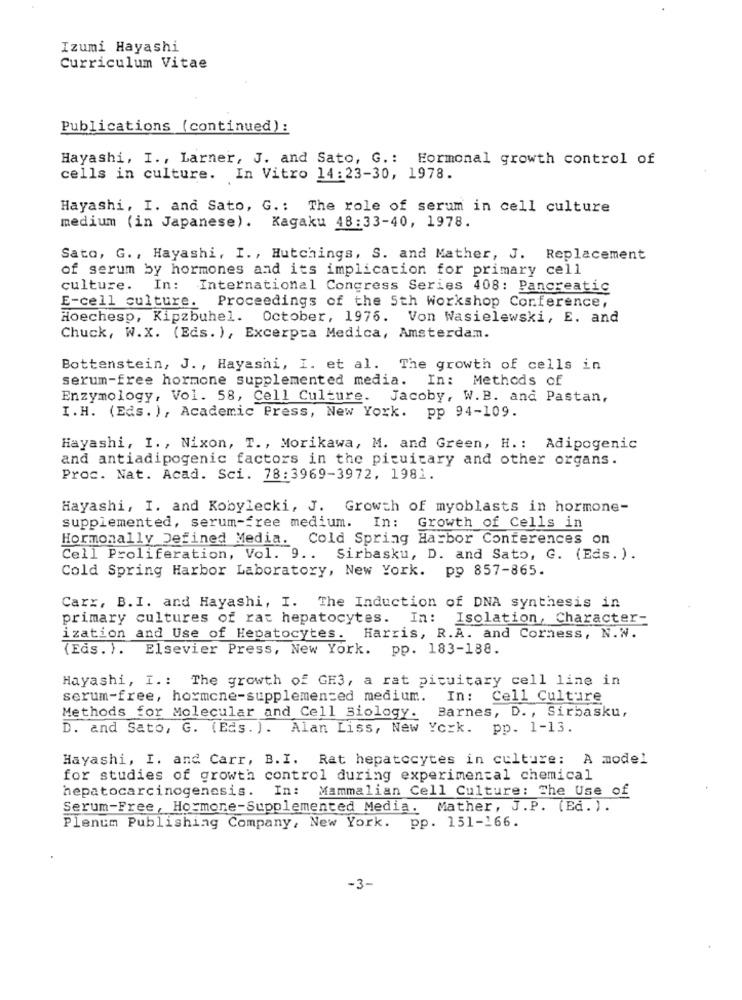
Izumi Hayashi
Curriculum Vitae
Publications (continued):
Hayashi, I ., Larner, J. and Sato, G .: Hormonal growth control of
cells in culture. In Vitro 14:23-30, 1978.
Hayashi, I. and Sato, G .: The role of serum in cell culture
medium (in Japanese). Kagaku 48:33-40, 1978.
Sato, G ., Hayashi, I ., Hutchings, S. and Mather, J. Replacement
of serum by hormones and its implication for primary cell
culture. In: International Congress Series 408: Pancreatic
E-cell culture. Proceedings of the 5th workshop Conference,
Hoechesp, Kipzbuhel. October, 1976. Von Wasielewski, E. and
Chuck, W.X. (Eds. ), Excerpta Medica, Amsterdam.
Bottenstein, J. , Hayashi, I. et al. The growth of cells in
serum-free hormone supplemented media.
In: Methods of
Enzymology, Vol. 58, Cell Culture. Jacoby, W. B. and Pastan,
I.H. (Eds. ), Academic Press, New York. pp 94-109.
Hayashi, I. , Nixon, T ., Morikawa, M. and Green, H .: Adipogenic
and antiadipogenic factors in the pituitary and other organs.
Proc. Nat. Acad. Sci. 78:3969-3972, 1981.
Hayashi, I. and Kobylecki, J. Growth of myoblasts in hormone-
In :
supplemented, serum-free medium.
Growth of Cells in
Hormonally Defined Media. Cold Spring Harbor Conferences on
Cell Proliferation, Vol. 9 .. Sirbasku, D. and Sato, G. (Eds. ).
Cold Spring Harbor Laboratory, New York. pp 857-865.
Carx, B.I. and Hayashi, I. The Induction of DNA synthesis in
primary cultures of rat hepatocytes. In: Isolation, Character-
ization and Use of Hepatocytes. Harris, R.A. and Corness, N.W.
(Eds. ). Elsevier Press, New York. pp. 183-188.
Hayashi, I .: The growth of GH3, a rat pituitary cell line in
serum-free, hormone-supplemented medium.
In: Cell Culture
Barnes, D ., Sirbasku,
Methods for Molecular and Cell Biology.
D. and Sato, G. (Eds. ). Alan Liss, New York. pp. 1-13.
Hayashi, I. and Carr, B.I. Rat hepatocytes in culture: A model
for studies of growth control during experimental chemical
hepatocarcinogenesis. In: Mammalian Cell Culture: The Use of
Serum-Free, Hormone-Supplemented Media. Mather, J.P. (Ed. ).
Plenum Publishing Company, New York. pp. 151-166.
-3-